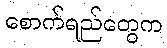
စောက်ရည်တွေက